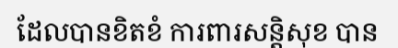
ដែលបានខិតខំ ការពារសន្តិសុខ បាន